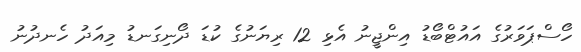
ހޯސްޕަވަރުގެ އައުޓްބޯޑު އިންޖީނު އެޅި 12 ރިޔަނުގެ ކުޑަ ދޯނިގަނޑު މިއަދު ހެނދުނު